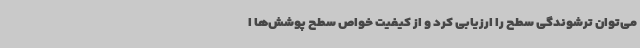
می‌توان ترشوندگی سطح را ارزیابی کرد و از کیفیت خواص سطح پوشش‌ها ا